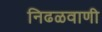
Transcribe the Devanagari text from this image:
निढळवाणी